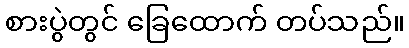
စားပွဲတွင် ခြေထောက် တပ်သည်။